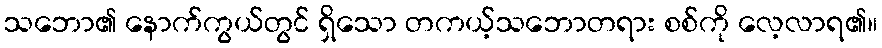
သဘော၏ နောက်ကွယ်တွင် ရှိသော တကယ့်သဘောတရား စစ်ကို လေ့လာရ၏။